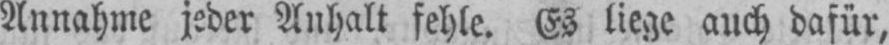
Anhalt fehle. Es liege auch dafür,